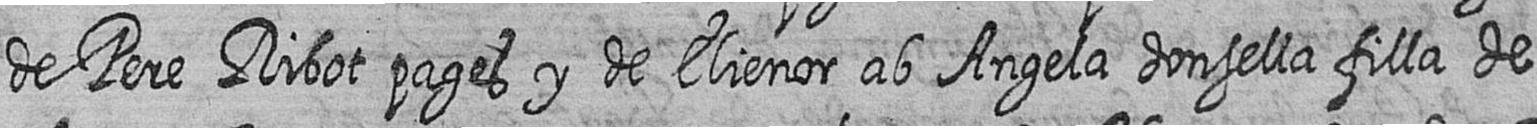
de Pere Ribot pages y de Elienor ab Angela donsella filla de